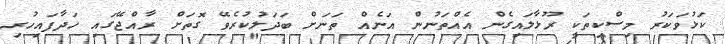
ކަޅުވަކަރު މިސްކިތަކީ ރޫޅާލައިގެން އެއްތަނުން އަނެއް ތަނަށް ބަދަލުކުރެވޭ ގޮތަށް ރާއްޖޭގައި ހަދާފައިހުރި